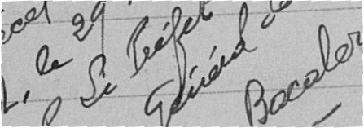
Vu pour récépissé et approuvé  le 29 Xl 1920 Le Préfet Général délégué  Bocalorie